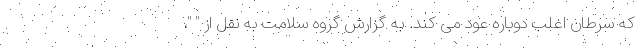
که سرطان اغلب دوباره عود می کند. به گزارش گروه سلامت به نقل از " "،